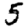
Digit: 5